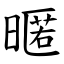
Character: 暱